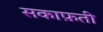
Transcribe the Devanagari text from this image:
सकाफ़ती